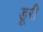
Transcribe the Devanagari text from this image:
डूरी